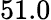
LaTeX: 51.0